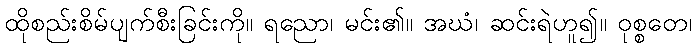
ထိုစည်းစိမ်ပျက်စီးခြင်းကို။ ရညော၊ မင်း၏။ အဃံ၊ ဆင်းရဲဟူ၍။ ဝုစ္စတေ၊